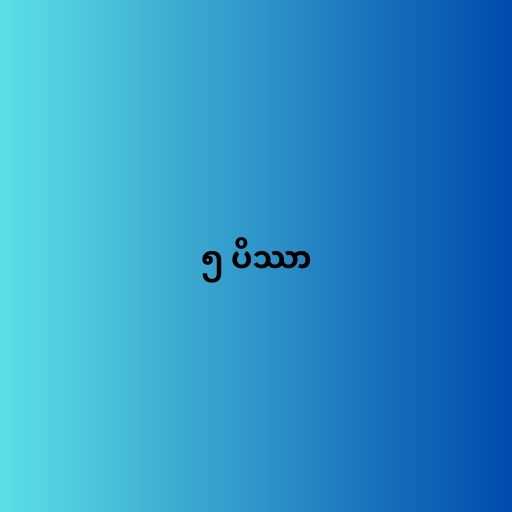
၅ ပိဿာ